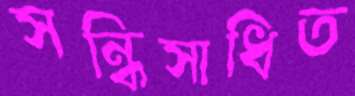
সন্ধিসাধিত